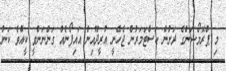
މި ޕްރޮމޯޝަންގެ ދަށުން ކަސްޓަމަރުން ޖެހެނީ އުރީދޫއިން އައިފޯނެއް ގަންނަންވީ ކީއްވެ ކަން